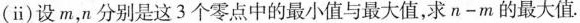
(ⅱ)设m，n分别是这3个零点中的最小值与最大值，求$$n - m$$的最大值.